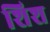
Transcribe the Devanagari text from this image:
शिश